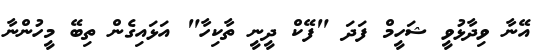
އޭނާ ވިދާޅުވީ ޝަހީމް ފަދަ "ފޭކް ދީނީ ތާާކިހާ" އަޅައިގެން ތިބޭ މީހުންނާ